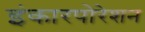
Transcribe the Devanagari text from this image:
इंकारपोरेशन